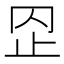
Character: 𣥙